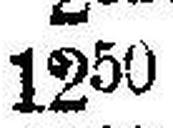
1250